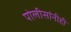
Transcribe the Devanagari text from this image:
पोलीसांनीही